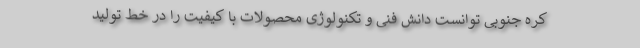
کره جنوبی توانست دانش فنی و تکنولوژی محصولات با کیفیت را در خط تولید